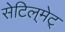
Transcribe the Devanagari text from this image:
सेटिल्‌मेट्